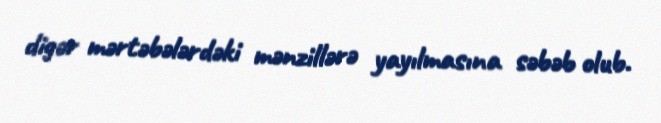
digər mərtəbələrdəki mənzillərə yayılmasına səbəb olub.